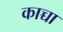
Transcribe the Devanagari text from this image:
काच्चा